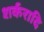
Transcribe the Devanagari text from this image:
शर्करादि